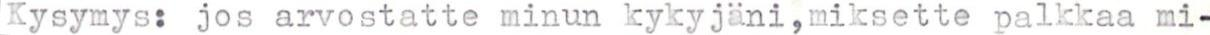
Kysymys: jos arvostatte minun kykyjäni,miksette palkkaa mi-